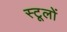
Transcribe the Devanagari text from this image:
स्टूलों